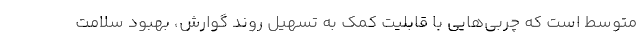
متوسط است که چربی‌هایی با قابلیت کمک به تسهیل روند گوارش، بهبود سلامت